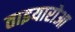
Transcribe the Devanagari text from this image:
ताइयारोआ